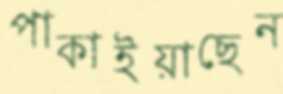
পাকাইয়াছেন